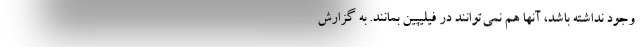
وجود نداشته باشد، آنها هم نمی‌توانند در فیلیپین بمانند. به گزارش